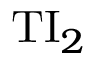
\mathrm { T I } _ { 2 }